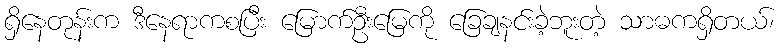
ရှိနေတုန်းက ဒီနေရာကစပြီး မြောက်ဦးမြေကို ခြေချနင်းခဲ့ဘူးတဲ့ သာဓကရှိတယ်၊